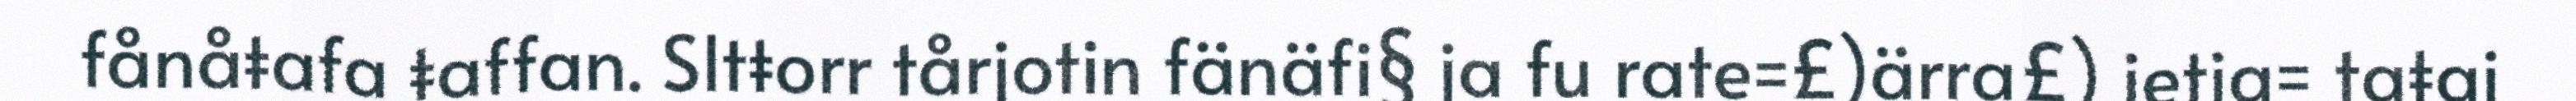
fånåŧafa ŧaffan. Sltŧorr tårjotin fänäfi§ ja fu rate=£)ärra£) ietja= taŧai